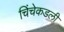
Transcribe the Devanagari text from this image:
चिंचेकडली